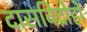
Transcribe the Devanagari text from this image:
दासविद्रोहों